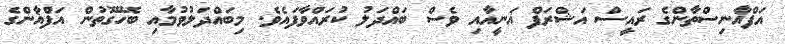
އަފްޣާނިސްތާންގެ ރައީސް އަޝްރަފް ޣަނީއާއި ވެސް ބައްދަލު ކުރައްވާފައެވެ. މިބައްދަލުވުމާއި ބެހޭގޮތުން އަފްޣާންގެ